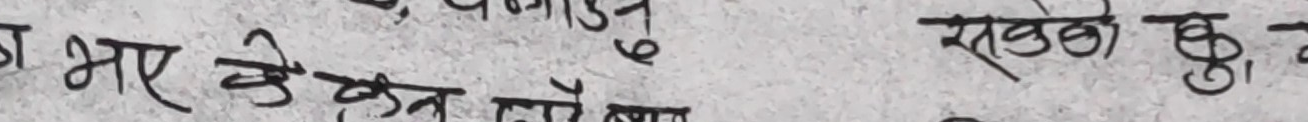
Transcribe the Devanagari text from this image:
भए के कतै हालसाल
सक्छौ कि,